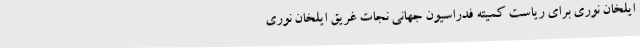
ایلخان نوری برای ریاست کمیته فدراسیون جهانی نجات غریق ایلخان نوری